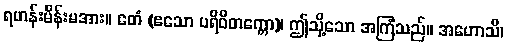
ရဟန်းမိန်းမအား။ ဧတံ (ဧသော ပရိဝိတက္ကော)၊ ဤသို့သော အကြံသည်။ အဟောသိ၊